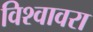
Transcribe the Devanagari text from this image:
विश्वावरा